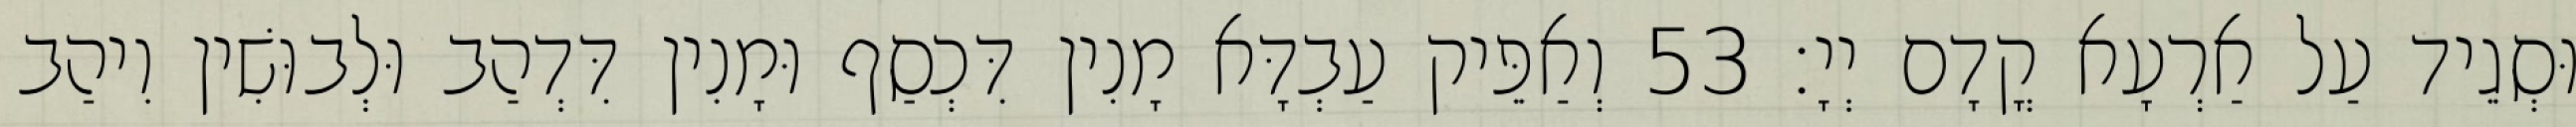
וּסְגֵיד עַל אַרְעָא קֳדָם יְיָ׃ 53 וְאַפֵּיק עַבְדָּא מָנִין דִּכְסַף וּמָנִין דִּדְהַב וּלְבוּשִׁין וִיהַב